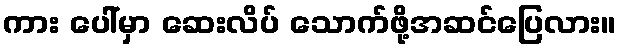
ကား ပေါ်မှာ ဆေးလိပ် သောက်ဖို့အဆင်ပြေလား။